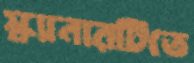
স্ক্যানারটিতে